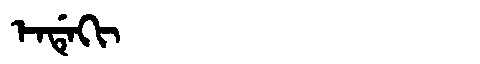
Manchu: ᡝᠨᡩᡝᡴᡳ
Romanization: ENDEKI